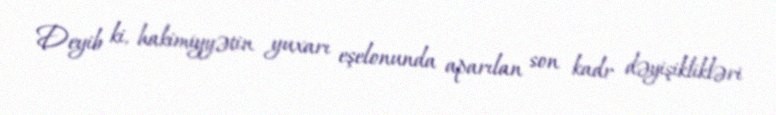
Deyib ki, hakimiyyətin yuxarı eşelonunda aparılan son kadr dəyişiklikləri